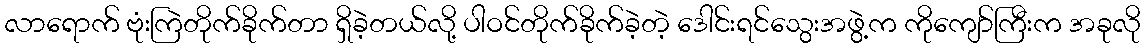
လာရောက် ဗုံးကြဲတိုက်ခိုက်တာ ရှိခဲ့တယ်လို့ ပါဝင်တိုက်ခိုက်ခဲ့တဲ့ ဒေါင်းရင်သွေးအဖွဲ့က ကိုကျော်ကြီးက အခုလို